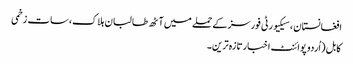
افغانستان ، سیکیورٹی فورسز کے حملے میں آٹھ طالبان ہلاک،سات زخمی
کابل (اُردو پوائنٹ اخبارتازہ ترین۔